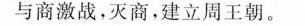
与商激战,灭商，建立周王朝。